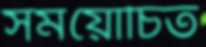
সময়োচিত